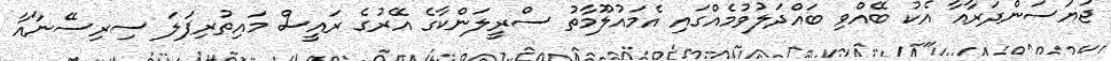
ޖަޔަސަންދަރާއާ އެކު ބޭއްވި ބައްދަލުވުމެއްގައި އެމައުލޫމާތު ސްރީލަންކާގެ އޭރުގެ ރައީސް މައިތުރިޕަލަ ސިރިސޭނާއާ